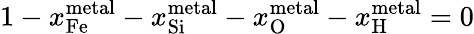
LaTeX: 1-x_{\mathrm{{Fe}}}^{\mathrm{{metal}}}-x_{\mathrm{{Si}}}^{\mathrm{{metal}}}-x_{\mathrm{{O}}}^{\mathrm{{metal}}}-x_{\mathrm{{H}}}^{\mathrm{{metal}}}=0